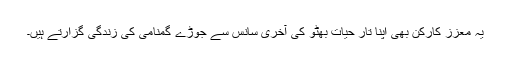
یہ معزز کارکن بھی اپنا تارِ حیات بھٹو کی آخری سانس سے جوڑے گمنامی کی زندگی گزارتے ہیں۔